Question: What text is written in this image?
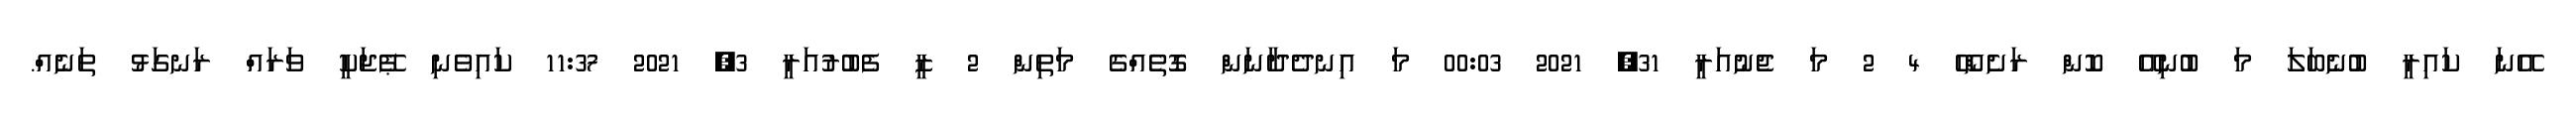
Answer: އޭނަ ކައިރީ ބުނެބަލަ މަ ބުނިއޭ ކޮން ރަށެންހޭ 4 2 މަ ޖެނުއަރީ 31, 2021 00:03 މަ އިނދެދާނަން ގޮތެއްގެ މަތިން 2 ޒީ ފެބުރުއަރީ 3, 2021 11:37 ކައިވެނި ޕޭޖަކީ ވަރައް ރަނގަޅު ތަނެއް.